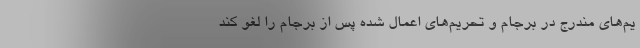
یم‌های مندرج در برجام و تحریم‌های اعمال شده پس از برجام را لغو کند